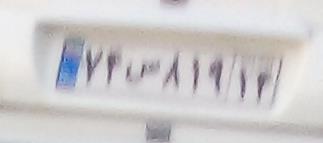
۷۴ص۸۱۹۱۴